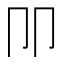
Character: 𰆋